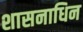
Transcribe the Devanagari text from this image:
शासनाधिन